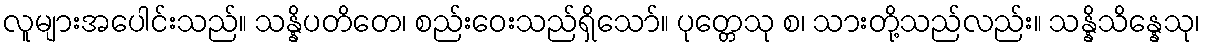
လူများအပေါင်းသည်။ သန္နိပတိတေ၊ စည်းဝေးသည်ရှိသော်။ ပုတ္တေသု စ၊ သားတို့သည်လည်း။ သန္နိသိန္နေသု၊